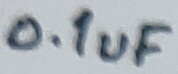
Text: 0.1uF